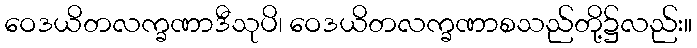
ဝေဒယိတလက္ခဏာဒီသုပိ၊ ဝေဒယိတလက္ခဏာစသည်တို့၌လည်း။